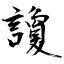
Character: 讂